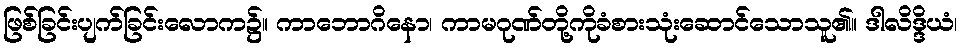
ဖြစ်ခြင်းပျက်ခြင်းလောက၌။ ကာဘောဂိနော၊ ကာမဂုဏ်တို့ကိုခံစားသုံးဆောင်သောသူ၏။ ဒါလိဒ္ဒိယံ၊